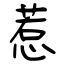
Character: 惹